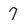
Character: 7